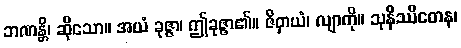
ဘဏန္တိ၊ ဆိုသော။ အယံ ခုဇ္ဇာ၊ ဤခုဇ္ဇာ၏။ ဇိဝှာယံ၊ လျာကို။ သုနိဿိတေန၊